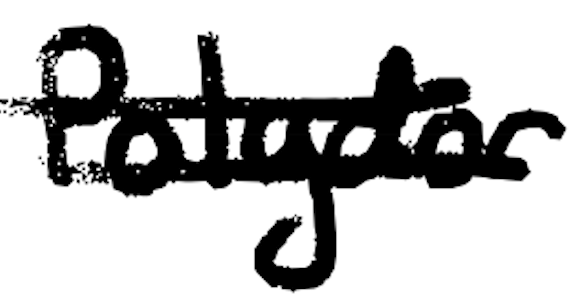
Text: Polydor
Cross-out: double-line
Writing tool: digital_black